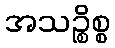
အသဉ္စိစ္စ